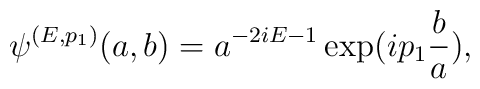
\psi^{(E,p_{1})}(a,b)=a^{-2iE-1}\exp(ip_{1}\frac{b}{a}),